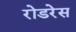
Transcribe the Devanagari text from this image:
रोडरेस